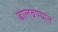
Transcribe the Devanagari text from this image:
बोलवण्यात